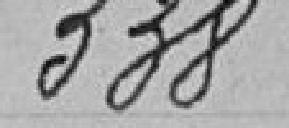
338